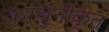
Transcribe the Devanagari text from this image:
कार्बुनीकृत